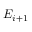
E _ { i + 1 }